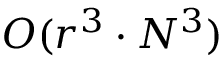
O ( r ^ { 3 } \cdot N ^ { 3 } )